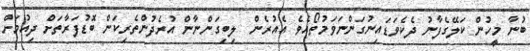
ބުނާ މީހުން ކަލޭގެފާނު ދެކެވަޑައިނުގަންނަވަމުތޯއެވެ އެއުރެން  ލިބިގަންނާން އުރެދުންތެރިކަން ބޮޑުފަރާތަށް ދިއުމަށް